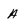
Character: A